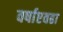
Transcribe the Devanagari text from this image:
वर्षाएवढा